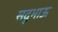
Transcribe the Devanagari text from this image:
सदूभाऊ